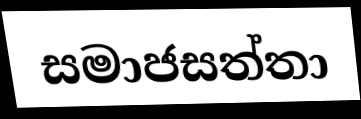
සමාජසත්තා